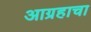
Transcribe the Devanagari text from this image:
आग्रहाचा